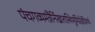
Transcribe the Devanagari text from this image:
पंचगव्यमंत्रैर्निखातास्थिभूमिंप्रोक्षेदित्यर्थः